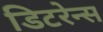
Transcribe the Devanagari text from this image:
डिटरेन्स